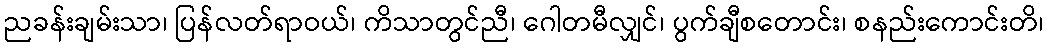
ညခန်းချမ်းသာ၊ ပြန်လတ်ရာဝယ်၊ ကိသာတွင်ညီ၊ ဂေါတမီလျှင်၊ ပွက်ချီစတောင်း၊ စနည်းကောင်းတိ၊